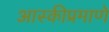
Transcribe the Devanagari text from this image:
आस्कीप्रमाणे